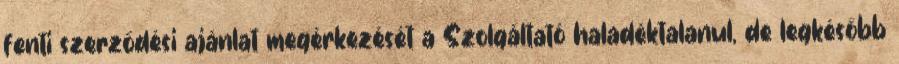
fenti szerződési ajánlat megérkezését a Szolgáltató haladéktalanul, de legkésőbb